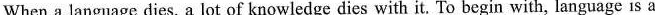
When a language dies, a lot of knowledge dies with it. To begin with, language is a